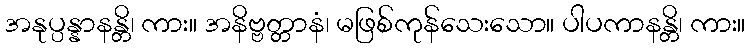
အနုပ္ပန္နာနန္တိ၊ ကား။ အနိဗ္ဗတ္တာနံ၊ မဖြစ်ကုန်သေးသော။ ပါပကာနန္တိ၊ ကား။